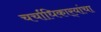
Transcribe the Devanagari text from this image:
चर्चाधिकार्‍यांचा